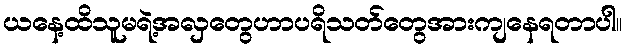
ယနေ့ထိသူမရဲ့အလှတွေဟာပရိသတ်တွေအားကျနေရတာပါ။